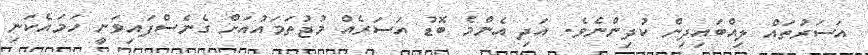
އަސަރުތައް ލިއްބައިދިން ކުދިންނެވެ. އަދި އެންމެ ބޮޑު އަސަރެއް މުޖުތަމައުއަށް ގެނެސްފައިވަނީ ހަމައެކަނި